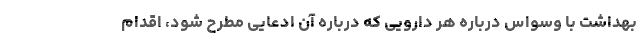
بهداشت با وسواس درباره هر دارویی که درباره آن ادعایی مطرح شود، اقدام